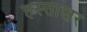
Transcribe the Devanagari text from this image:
हस्त्ताक्षर